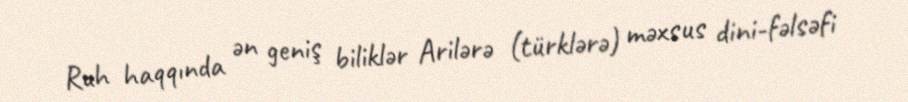
Ruh haqqında ən geniş biliklər Arilərə (türklərə) məxsus dini-fəlsəfi